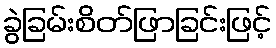
ခွဲခြမ်းစိတ်ဖြာခြင်းဖြင့်